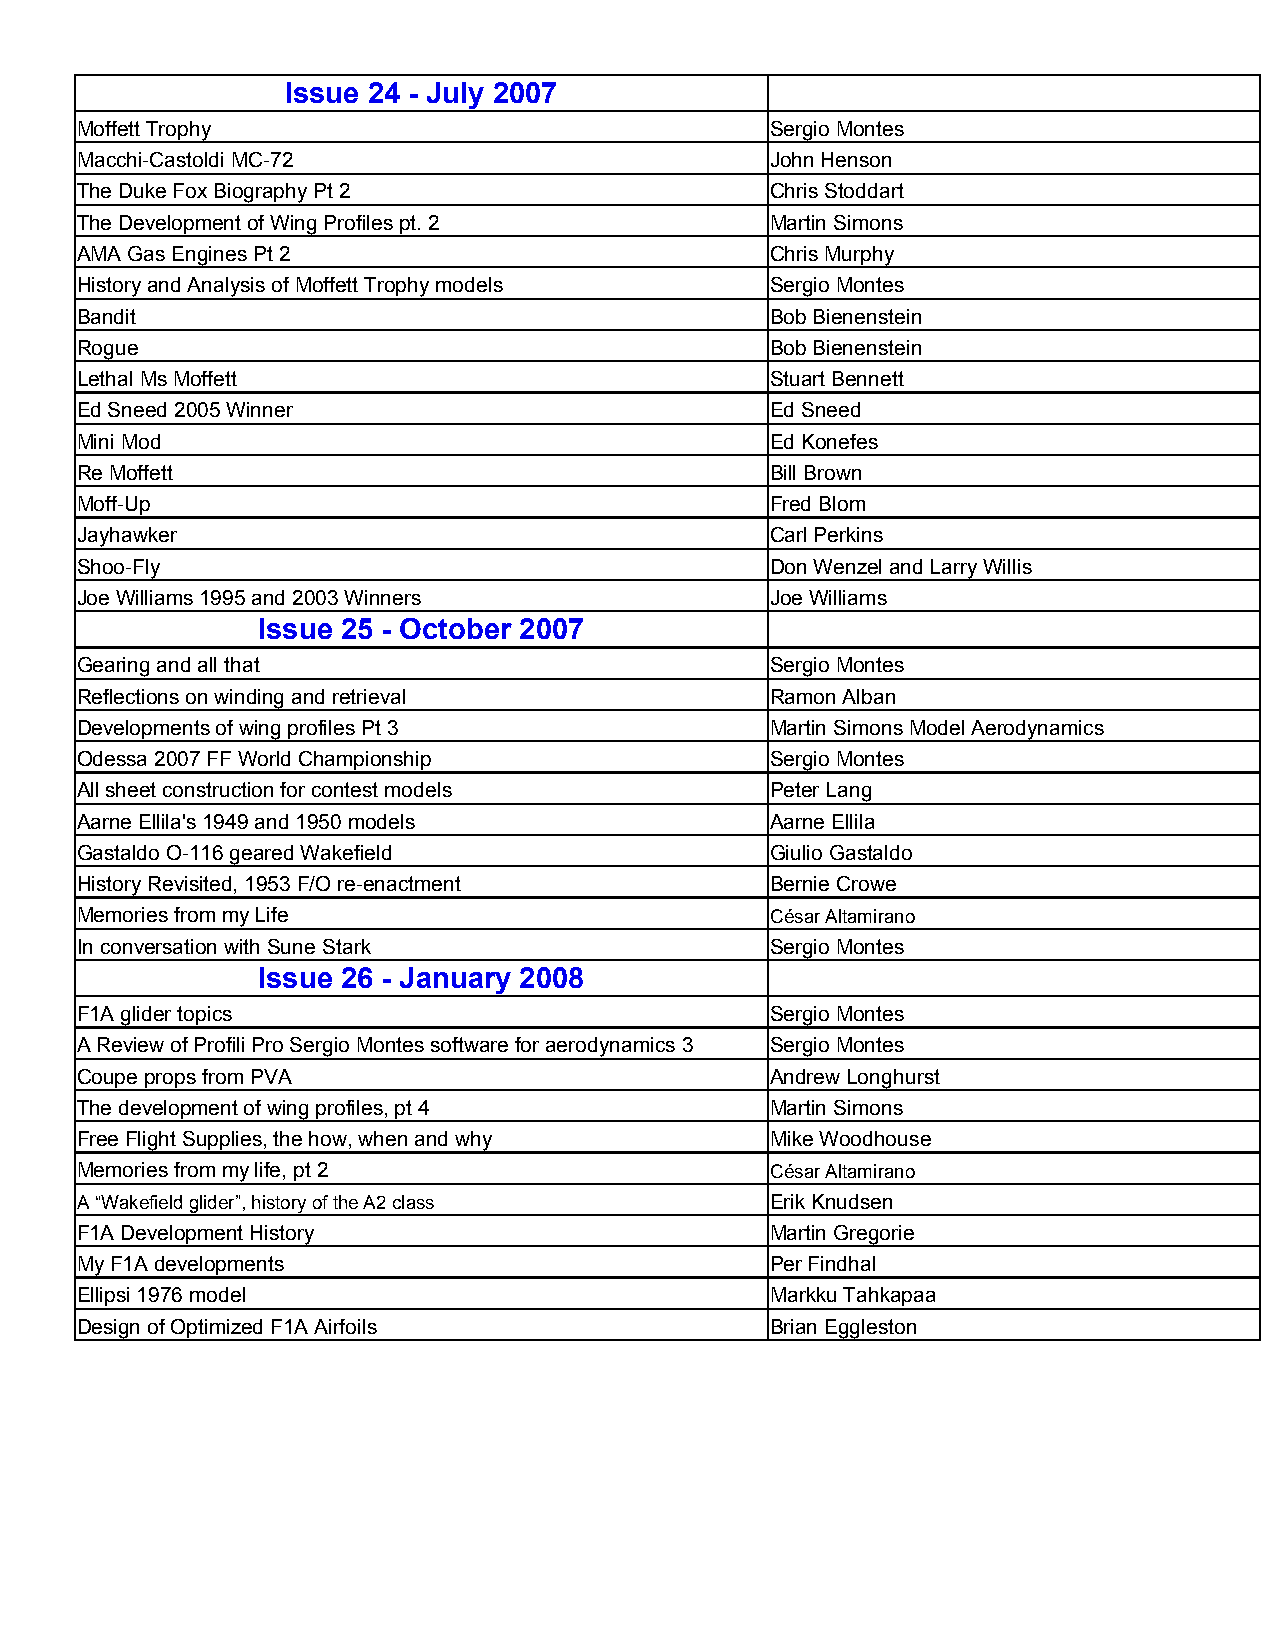
Issue 24 - July 2007
 Moffett Trophy                                Sergio Montes
 Macchi-Castoldi MC-72                         John Henson
 The Duke Fox Biography Pt 2                   Chris Stoddart
 The Development of Wing Profiles pt. 2        Martin Simons
 AMA Gas Engines Pt 2                          Chris Murphy
 History and Analysis of Moffett Trophy models Sergio Montes
 Bandit                                        Bob Bienenstein
 Rogue                                         Bob Bienenstein
 Lethal Ms Moffett                             Stuart Bennett
 Ed Sneed 2005 Winner                          Ed Sneed
 Mini Mod                                      Ed Konefes
 Re Moffett                                    Bill Brown
 Moff-Up                                       Fred Blom
 Jayhawker                                     Carl Perkins
 Shoo-Fly                                      Don Wenzel and Larry Willis
 Joe Williams 1995 and 2003 Winners            Joe Williams
 Issue 25 - October 2007
 Gearing and all that                          Sergio Montes
 Reflections on winding and retrieval          Ramon Alban
 Developments of wing profiles Pt 3            Martin Simons Model Aerodynamics
 Odessa 2007 FF World Championship             Sergio Montes
 All sheet construction for contest models     Peter Lang
 Aarne Ellila's 1949 and 1950 models           Aarne Ellila
 Gastaldo O-116 geared Wakefield               Giulio Gastaldo
 History Revisited, 1953 F/O re-enactment      Bernie Crowe
 Memories from my Life                         César Altamirano
 In conversation with Sune Stark               Sergio Montes
 Issue 26 - January 2008
 F1A glider topics                             Sergio Montes
 A Review of Profili Pro Sergio Montes software for aerodynamics 3 Sergio Montes
 Coupe props from PVA                          Andrew Longhurst
 The development of wing profiles, pt 4        Martin Simons
 Free Flight Supplies, the how, when and why   Mike Woodhouse
 Memories from my life, pt 2                   César Altamirano
 A “Wakefield glider”, history of the A2 class Erik Knudsen
 F1A Development History                       Martin Gregorie
 My F1A developments                           Per Findhal
 Ellipsi 1976 model                            Markku Tahkapaa
 Design of Optimized F1A Airfoils              Brian Eggleston